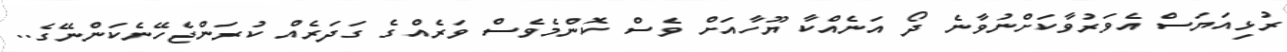
ރުޅިއަޔަސް އެވަރުވާކަށްނުވާނެ ދޯ އަނެއްކާ ޔޫހާއަށް ވެސް ކޮންމެވެސް ވަރެއްގެ ގަދަރެއް ކުރަންޖެހޭނެކަންނޭގެ..